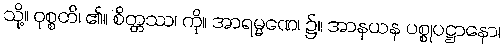
သို့။ ဝုစ္စတိ၊ ၏။ စိတ္တဿ၊ ကို။ အာရမ္မဏေ၊ ၌။ အာနယန ပစ္စုပဋ္ဌာနော၊